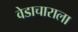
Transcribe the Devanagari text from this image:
वेडाचाराला